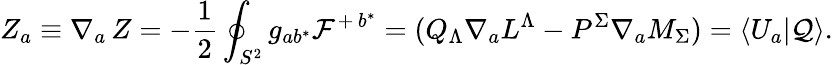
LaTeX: Z_{a}\equiv\nabla_{a}\, Z=-{\frac{1}{2}}\oint_{S^{2}}g_{ab^{*}}{\cal F}^{+\, b^{*}}=(Q_{\Lambda}\nabla_{a}L^{\Lambda}-P^{\Sigma}\nabla_{a}M_{\Sigma})=\langle U_{a}|{\cal Q}\rangle.